Annual report of the Bengal Veterinary College and of the Civil Veterinary Department, Bengal, for the year 1912-1913 - 1912-1913
Year: 1912
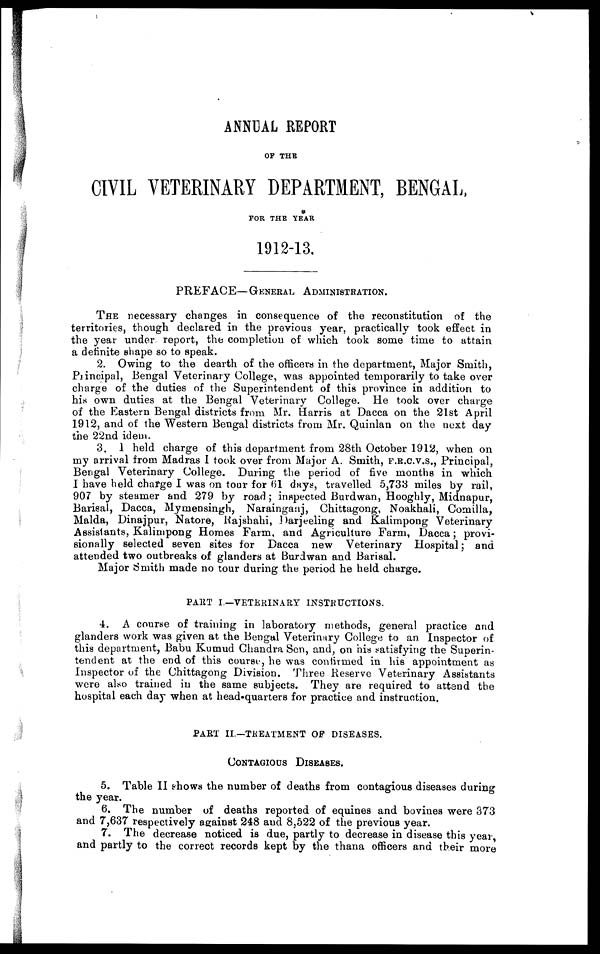
ANNUAL REPORT
OF THE
CIVIL VETERINARY DEPARTMENT, BENGAL,
FOR THE YEAR
1912-13.
PREFACE—GENERAL ADMINISTRATION.
THE necessary changes in consequence of the reconstitution of the
territories, though declared in the previous year, practically took effect in
the year under report, the completion of which took some time to attain
a definite shape so to speak.
2. Owing to the dearth of the officers in the department, Major Smith,
Principal, Bengal Veterinary College, was appointed temporarily to take over
charge of the duties of the Superintendent of this province in addition to
his own duties at the Bengal Veterinary College. He took over charge
of the Eastern Bengal districts from Mr. Harris at Dacca on the 21st April
1912, and of the Western Bengal districts from Mr. Quinlan on the next day
the 22nd idem.
3. 1 held charge of this department from 28th October 1912, when on
my arrival from Madras I took over from Major A. Smith, F.R.C.V.S., Principal,
Bengal Veterinary College. During the period of five months in which
I have held charge I was on tour for 61 days, travelled 5,733 miles by rail,
907 by steamer and 279 by road; inspected Burdwan, Hooghly, Midnapur,
Barisal, Dacca, Mymensingh, Narainganj, Chittagong, Noakhali, Comilla,
Malda, Dinajpur, Natore, Rajshahi, Darjeeling and Kalimpong Veterinary
Assistants, Kalimpong Homes Farm, and Agriculture Farm, Dacca; provi-
sionally selected seven sites for Dacca new Veterinary Hospital; and
attended two outbreaks of glanders at Burdwan and Barisal.
Major Smith made no tour during the period he held charge.
PART I.—VETERINARY INSTRUCTIONS.
4. A course of training in laboratory methods, general practice and
glanders work was given at the Bengal Veterinary College to an Inspector of
this department, Babu Kumud Chandra Sen, and, on his satisfying the Superin-
tendent at the end of this course, he was confirmed in his appointment as
Inspector of the Chittagong Division. Three Reserve Veterinary Assistants
were also trained in the same subjects. They are required to attend the
hospital each day when at head-quarters for practice and instruction.
PART II.—TREATMENT OF DISEASES.
CONTAGIOUS DISEASES.
5. Table II shows the number of deaths from contagious diseases during
the year.
6. The number of deaths reported of equines and bovines were 373
and 7,637 respectively against 248 and 8,522 of the previous year.
7. The decrease noticed is due, partly to decrease in disease this year,
and partly to the correct records kept by the thana officers and their more